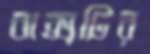
বাক্সটির